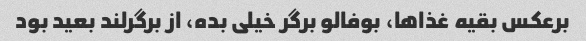
برعکس بقیه غذاها، بوفالو برگر خیلی بده، از برگرلند بعید بود